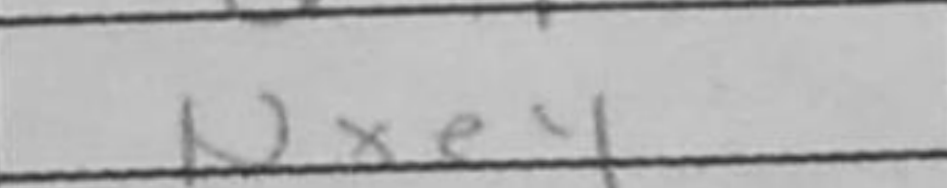
Transcription: Nxe4